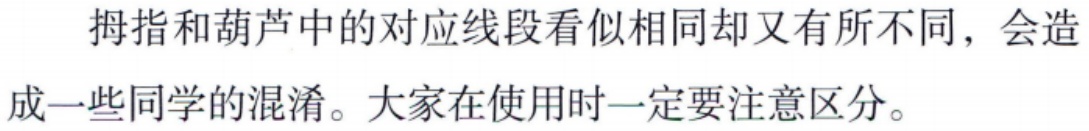
拇指和葫芦中的对应线段看似相同却又有所不同，会造成一些同学的混淆。大家在使用时一定要注意区分。